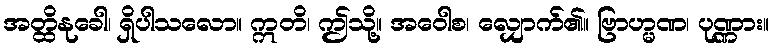
အတ္ထိနုခေါ၊ ရှိပါသလော။ ဣတိ၊ ဤသို့။ အဝေါစ၊ လျှောက်၏။ ဗြာဟ္မဏ၊ ပုဏ္ဏား။